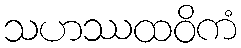
သဟဿထဝိကံ